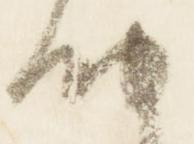
納